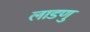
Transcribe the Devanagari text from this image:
लाडणु